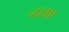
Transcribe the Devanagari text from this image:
नहाए